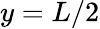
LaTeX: y=L/2